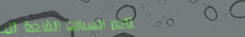
تأجير السيارات الفاخرة لل